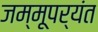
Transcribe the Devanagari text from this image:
जम्मूपर्यंत